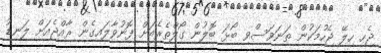
ޖެހި ހިލޭ ޖެހުމަކުން ތަނަވަސްވި ބޯޅަ ބޮލުން ގޯލްތެރެއަށް ފޮނުވާލައިގެން ރާއްޖެއަށް ލަނޑު